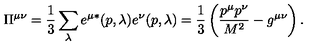
\Pi ^ { \mu \nu } = \frac { 1 } { 3 } \sum _ { \lambda } e ^ { \mu * } ( p , \lambda ) e ^ { \nu } ( p , \lambda ) = \frac { 1 } { 3 } \left( \frac { p ^ { \mu } p ^ { \nu } } { M ^ { 2 } } - g ^ { \mu \nu } \right) .